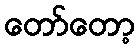
တော်တော့